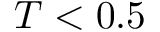
T < 0 . 5